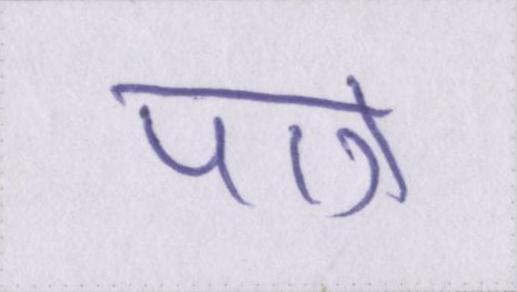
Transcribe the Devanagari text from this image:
पात्र